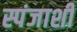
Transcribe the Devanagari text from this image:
स्पंजाशी